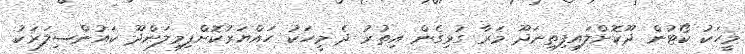
މީހަކު ކޯޓުން ދޫކޮށްލައިފިތިނަދޫ މަރާ ގުޅިގެން އިތުރު ދެ މީހަކު ހައްޔަރުކޮށްފިމިލަންދޫ ކައުންސިލަރަކު